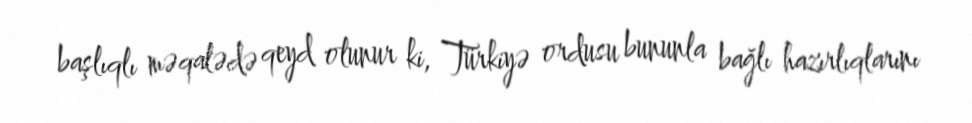
başlıqlı məqalədə qeyd olunur ki, Türkiyə ordusu bununla bağlı hazırlıqlarını